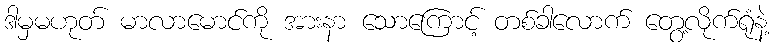
ဒါမှမဟုတ် မာလာမောင်ကို အားနာ သောကြောင့် တစ်ခါလောက် တွေ့လိုက်ရုံနဲ့